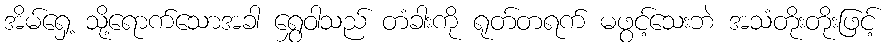
အိမ်ရှေ့ သို့ရောက်သောအခါ ရွှေဝါသည် တံခါးကို ရုတ်တရက် မဖွင့်သေးဘဲ အသံတိုးတိုးဖြင့်